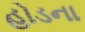
હોડના